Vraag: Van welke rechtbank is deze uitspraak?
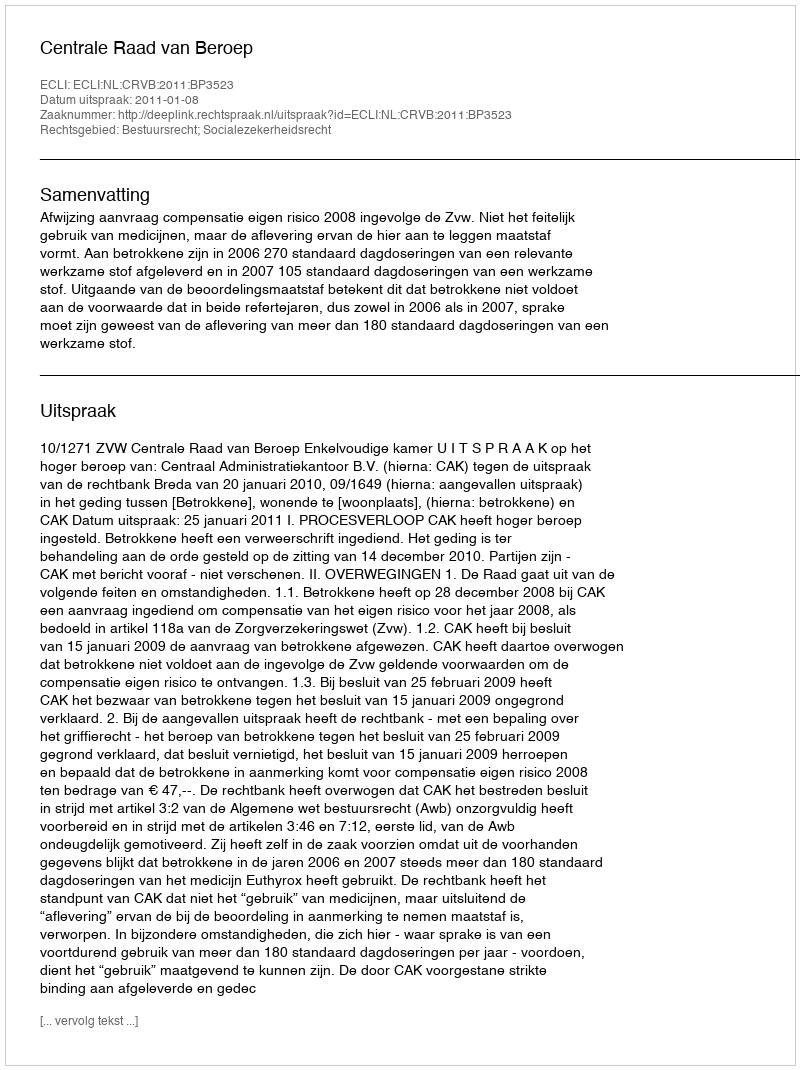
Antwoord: Centrale Raad van Beroep